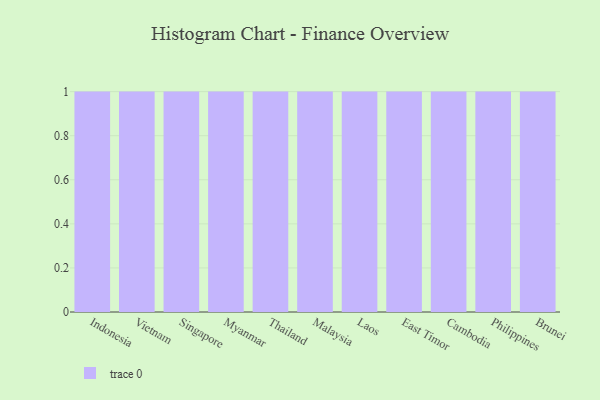
{"axis": {"x": "Country", "y": "Production Output"}, "legend": [""], "data": [{"x": "Indonesia", "y": 82, "type": ""}, {"x": "Vietnam", "y": 88, "type": ""}, {"x": "Singapore", "y": 96, "type": ""}, {"x": "Myanmar", "y": 5, "type": ""}, {"x": "Thailand", "y": 14, "type": ""}, {"x": "Malaysia", "y": 80, "type": ""}, {"x": "Laos", "y": 84, "type": ""}, {"x": "East Timor", "y": 41, "type": ""}, {"x": "Cambodia", "y": 44, "type": ""}, {"x": "Philippines", "y": 65, "type": ""}, {"x": "Brunei", "y": 51, "type": ""}]}